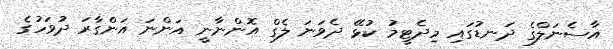
އާސެނަލްގެ ދަނޑުގައި މިދެޓީމު ކުޅޭ ދެވަނަ ލެގް އޮންނާނީ އަންނަ އަންގާރަ ދުވަހުގެ